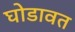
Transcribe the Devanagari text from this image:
घोडावत